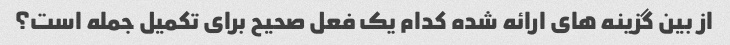
از بین گزینه های ارائه شده کدام یک فعل صحیح برای تکمیل جمله است؟